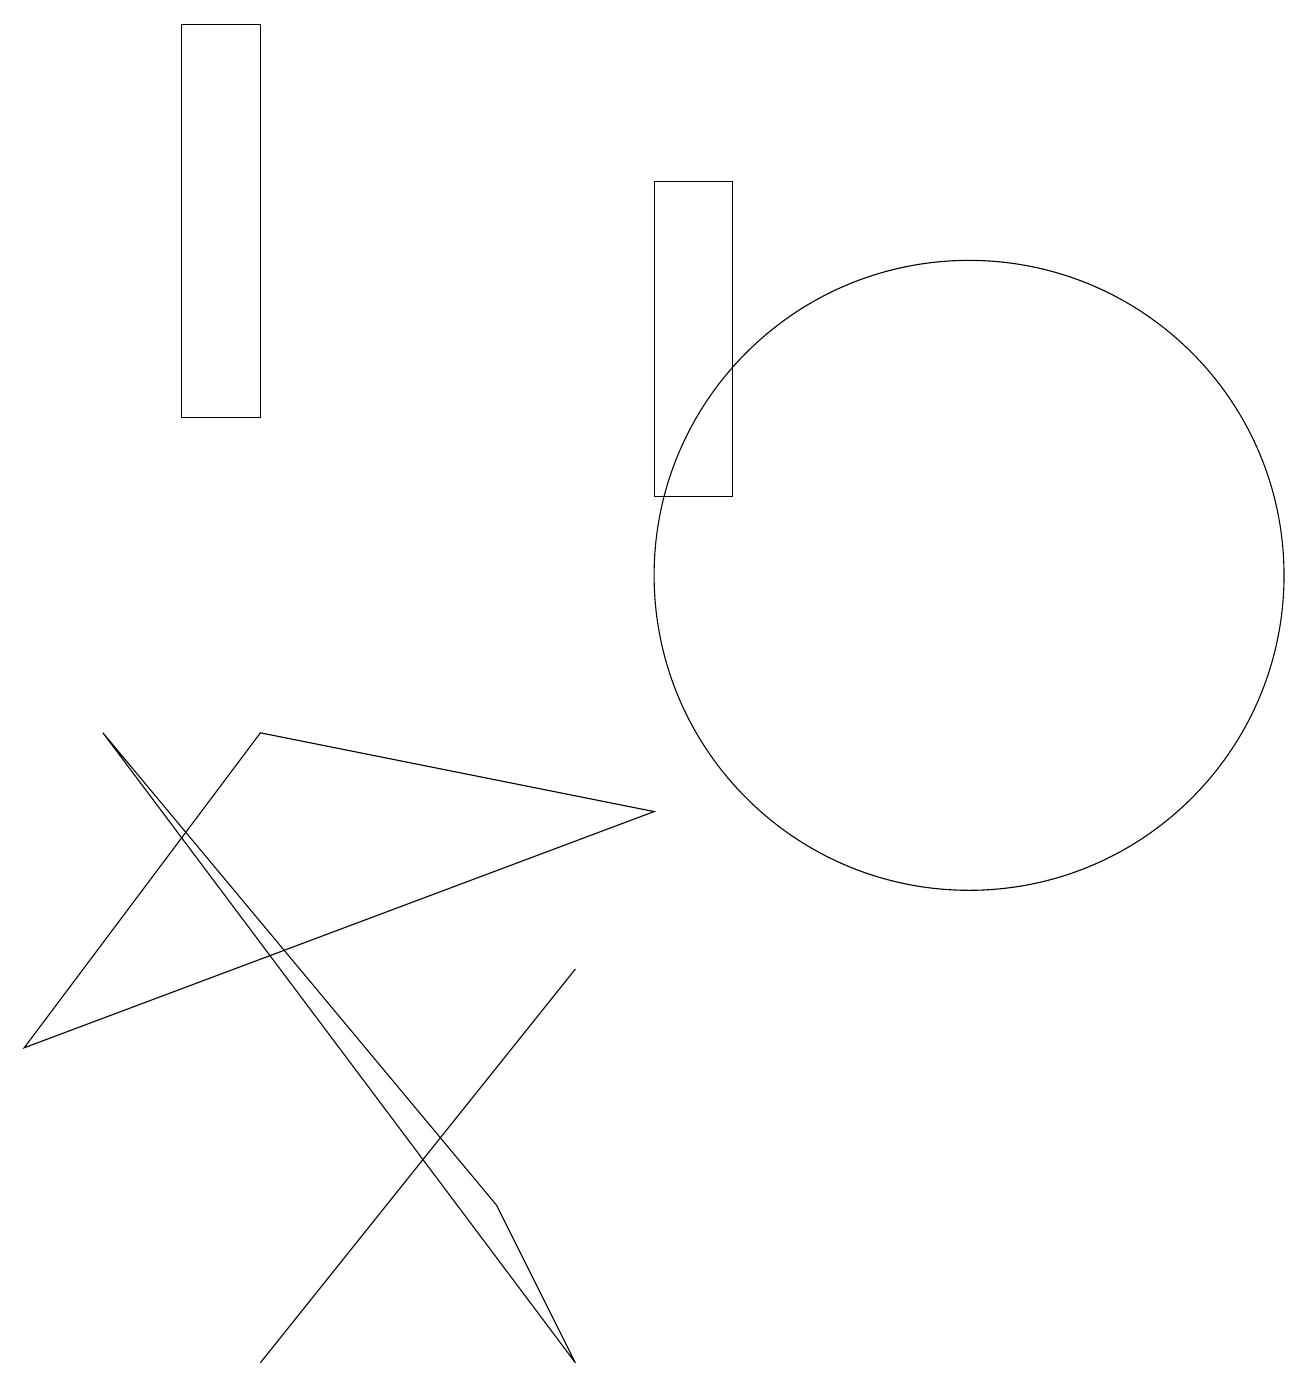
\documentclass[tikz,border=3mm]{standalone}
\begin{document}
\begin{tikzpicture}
\draw (1,8) -- (7,0) -- (6,2) -- cycle;
\draw (8,11) rectangle (9,15);
\draw (12,10) circle (4);
\draw (2,17) rectangle (3,12);
\draw (3,8) -- (0,4) -- (8,7) -- cycle;
\draw (3,0) -- (3,0) -- (7,5) -- cycle;
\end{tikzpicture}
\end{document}